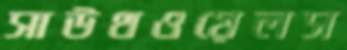
সাউথওয়েলস